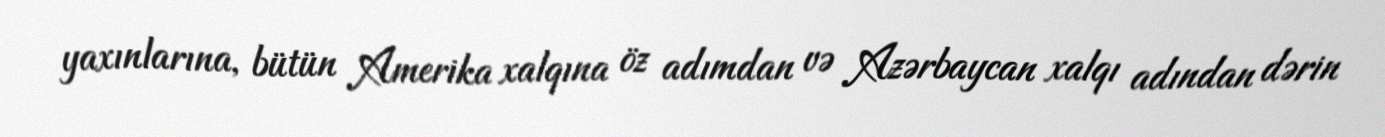
yaxınlarına, bütün Amerika xalqına öz adımdan və Azərbaycan xalqı adından dərin